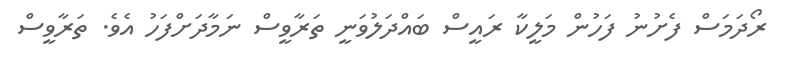
ރޯދަމަސް ފެށުނު ފަހުން މަލީކާ ރައީސް ބައްދަލުވަނީ ތަރާވީސް ނަމާދަށްފަހު އެވެ. ތަރާވީސް